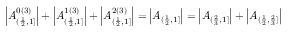
\left| A _ { ( \frac { 1 } { 2 } , 1 ] } ^ { 0 ( 3 ) } \right| + \left| A _ { ( \frac { 1 } { 2 } , 1 ] } ^ { 1 ( 3 ) } \right| + \left| A _ { ( \frac { 1 } { 2 } , 1 ] } ^ { 2 ( 3 ) } \right| = \left| A _ { ( \frac { 1 } { 2 } , 1 ] } \right| = \left| A _ { ( \frac { 2 } { 3 } , 1 ] } \right| + \left| A _ { ( \frac { 1 } { 2 } , \frac { 2 } { 3 } ] } \right|